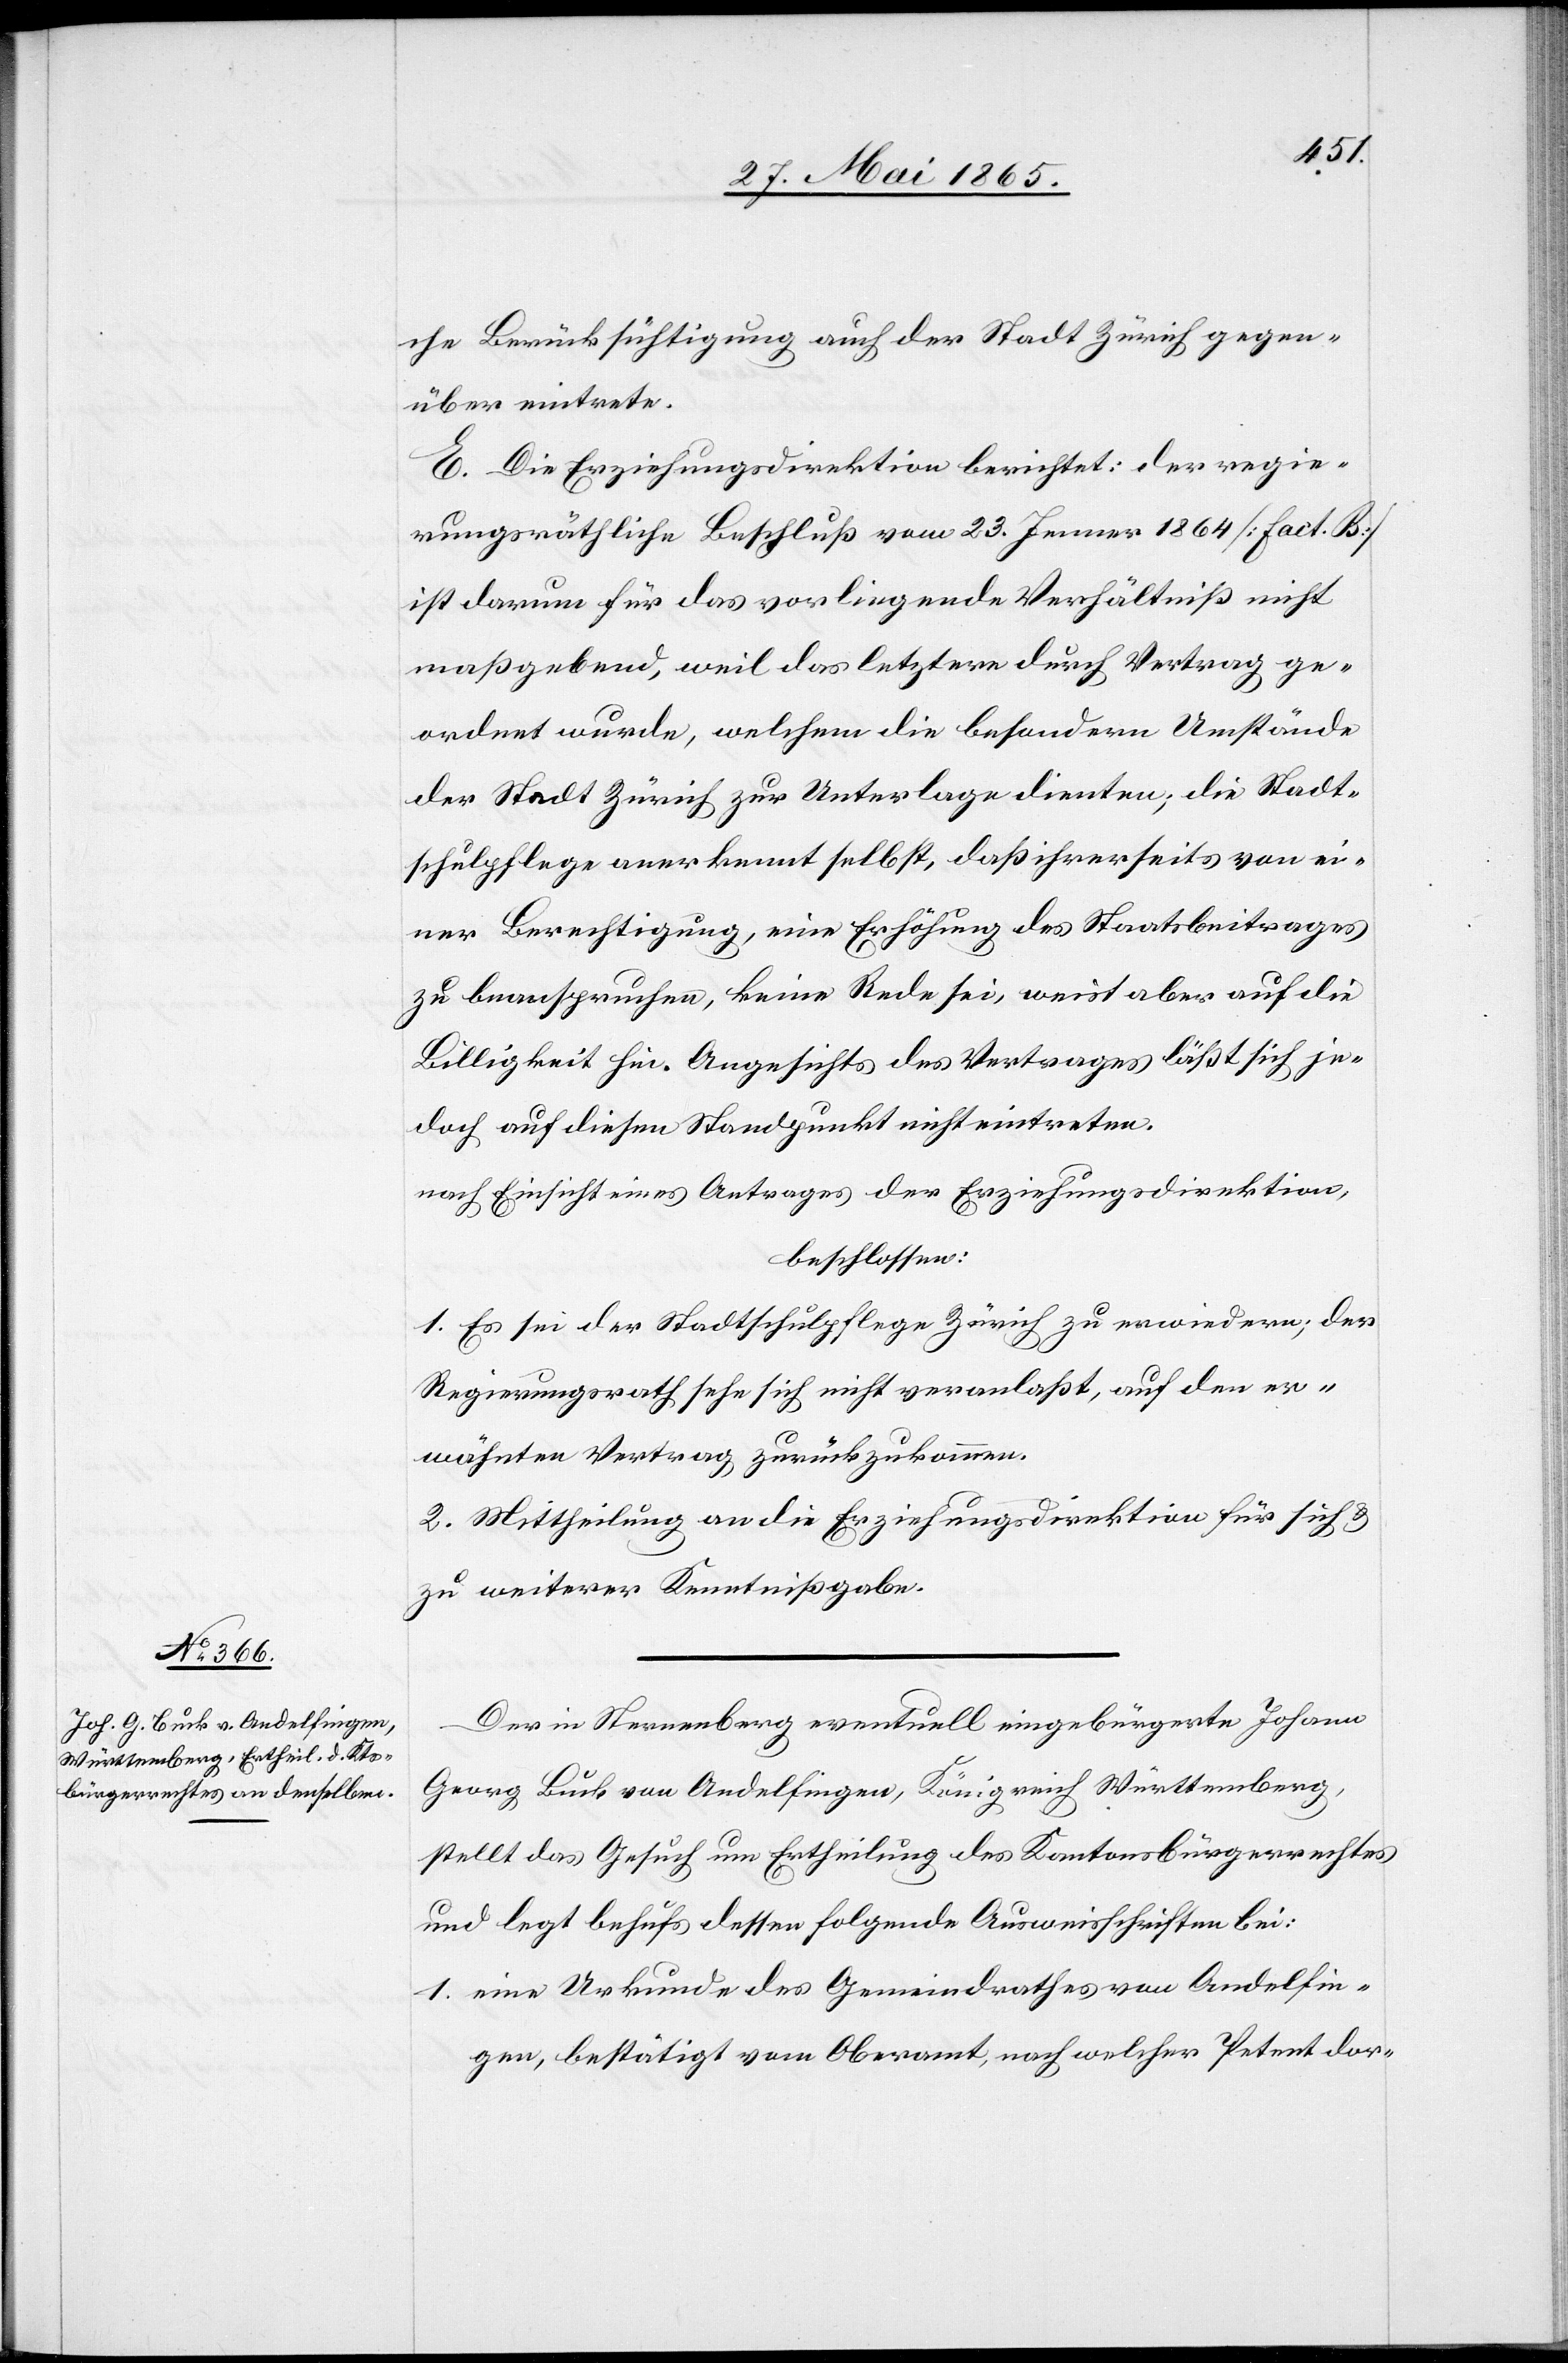
che Berücksichtigung auch der Stadt Zürich gegen¬
über eintrete.
E. Die Erziehungsdirektion berichtet: Der regie¬
rungsräthliche Beschluß vom 23. Jenner 1864 [fact. B]
ist darum für das vorliegende Verhältniß nicht
maßgebend, weil das letztere durch Vertrag ge¬
ordnet wurde, welchem die besondern Umstände
der Stadt Zürich zur Unterlage dienten; die Stadt¬
schulpflege anerkennt selbst, daß ihrerseits von ei¬
ner Berechtigung, eine Erhöhung des Staatsbeitrages
zu beanspruchen, keine Rede sei, weist aber auf die
Billigkeit hin. Angesichts des Vertrages läßt sich je¬
doch auf diesen Standpunkt nicht eintreten.
nach Einsicht eines Antrages der Erziehungsdirektion,
beschlossen:
1. Es sei der Stadtschulpflege Zürich zu erwiedern; der
Regierungsrath sehe sich nicht veranlaßt, auf den er¬
wähnten Vertrag zurückzukommen.
2. Mittheilung an die Erziehungsdirektion für sich &
zu weiterer Kenntnißgabe.
Der in Sternenberg eventuell eingebürgerte Johann
Georg Buck von Andelfingen, Königreich Württemberg,
stellt das Gesuch um Ertheilung des Kantonsbürgerrechtes
und legt behufs dessen folgende Ausweisschriften bei:
1. eine Urkunde des Gemeindrathes von Andelfin¬
gen, bestätigt vom Oberamt, nach welcher Petent dor-